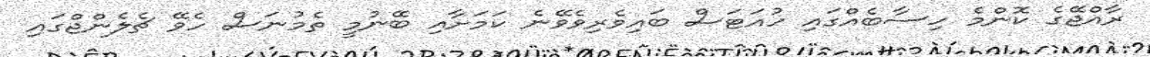
ރާއްޖޭގެ ކޮންމެ ހިސާބެއްގައި ހުއަޓަސް ބައިވެރިވެވޭނެ ކަމަށާއި ބޭނުމީ ތެމުނަސް ހެވޭ ޗެލެންޖްގައި